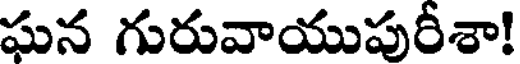
ఘన గురువాయుపురీశా!